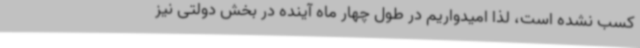
کسب نشده است، لذا امیدواریم در طول چهار ماه آینده در بخش دولتی نیز